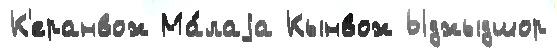
К'еранвож Ма́лаjа Кынвож Ыджыдшор